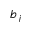
b _ { j }